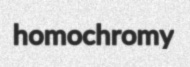
homochromy